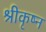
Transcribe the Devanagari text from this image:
श्रीकृष्न